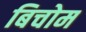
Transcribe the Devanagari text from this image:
बिचोम